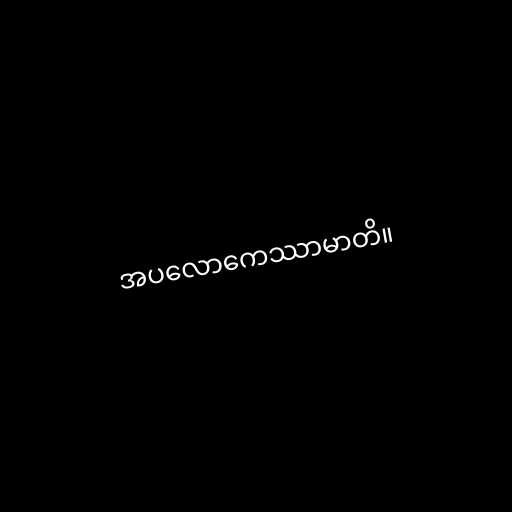
အပလောကေဿာမာတိ။